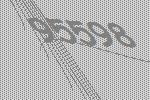
95598